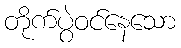
တိုက်ပွဲဝင်နေသော